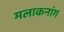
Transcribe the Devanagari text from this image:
मलाकनांग